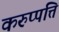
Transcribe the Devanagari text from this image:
करुप्पत्ति